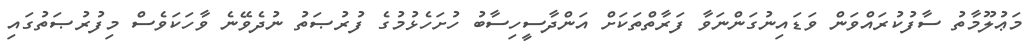
މަޢުލޫމާތު ސާފުކުރައްވަން ވަޑައިނުގަންނަވާ ފަރާތްތަކަށް އަންދާސީހިސާބު ހުށަހެޅުމުގެ ފުރުޞަތު ނުދެވޭނެ ވާހަކަވެސް މިފުރުޞަތުގައި